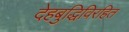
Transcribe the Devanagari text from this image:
देहबुद्धिविरहित